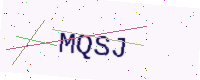
Text: MQSJ